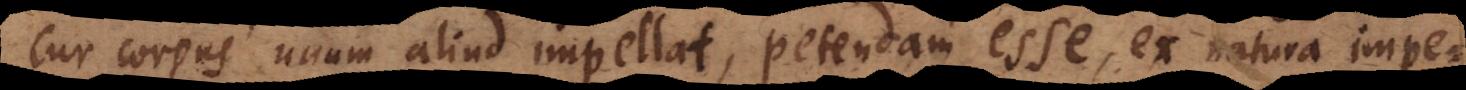
cur corpus unum aliud impellat, petendam esse, ex natura impe